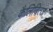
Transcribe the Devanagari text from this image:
कैलिबित्ज